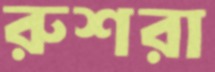
রুশরা